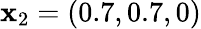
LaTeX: \mathbf{x}_{2}=(0.7,0.7,0)